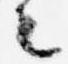
々